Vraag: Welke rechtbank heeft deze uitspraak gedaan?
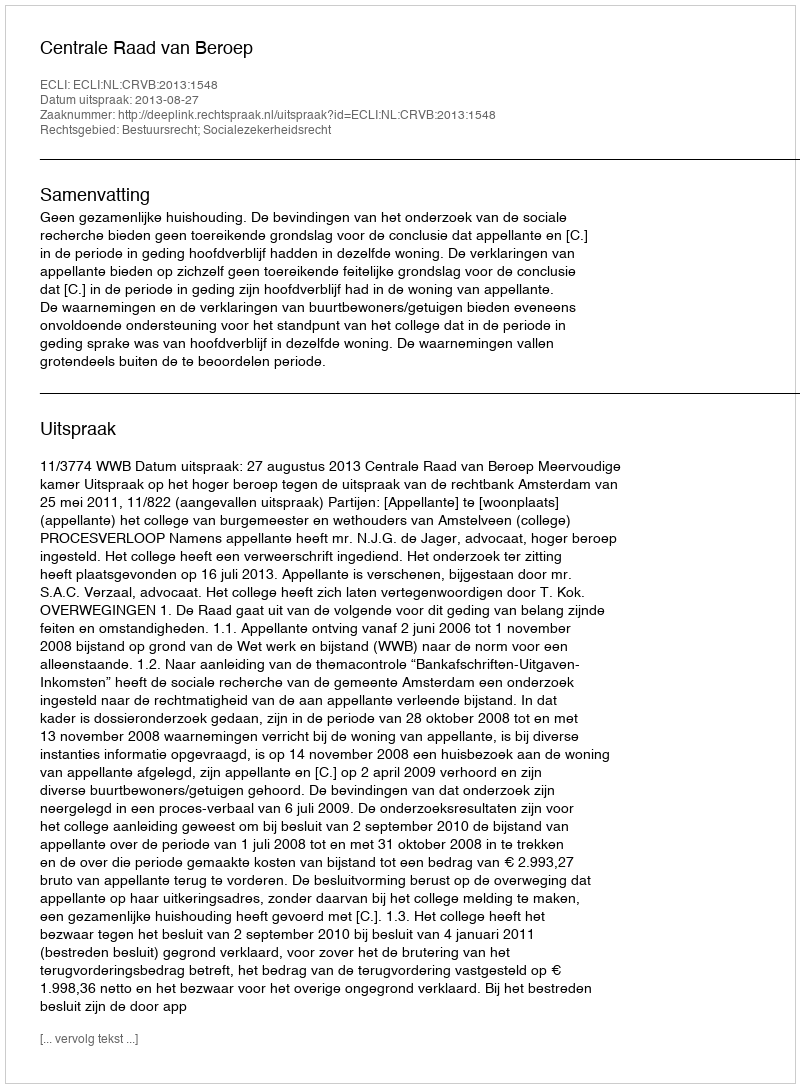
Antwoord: Centrale Raad van Beroep